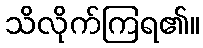
သိလိုက်ကြရ၏။